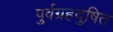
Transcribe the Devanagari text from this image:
पुर्वग्रहदुषित